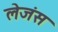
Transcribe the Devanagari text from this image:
लेजंस